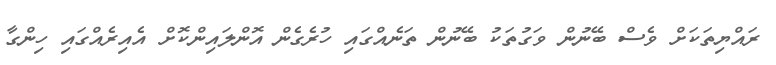
ރައްޔިތަކަށް ވެސް ބޭނުން ވަގުތަކު ބޭނުން ތަނެއްގައި ހުރެގެން އޮންލައިންކޮށް އެއިރެއްގައި ހިންގާ